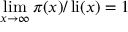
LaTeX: \operatorname* { l i m } _ { x \rightarrow \infty } \pi ( x ) / \operatorname { l i } ( x ) = 1